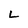
Character: L